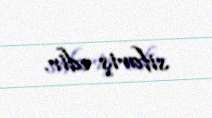
sifariş edir.